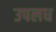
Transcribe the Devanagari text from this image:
उपलध